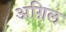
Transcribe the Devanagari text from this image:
अग़िल